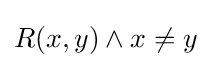
R(x,y)\wedge x\neq y